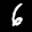
Label: 6